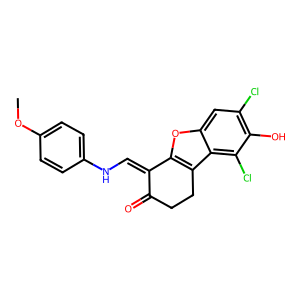
SMILES: COc1ccc(NC=C2C(=O)CCc3c2oc2cc(Cl)c(O)c(Cl)c32)cc1
Inhibits HIV replication: No